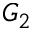
G _ { 2 }